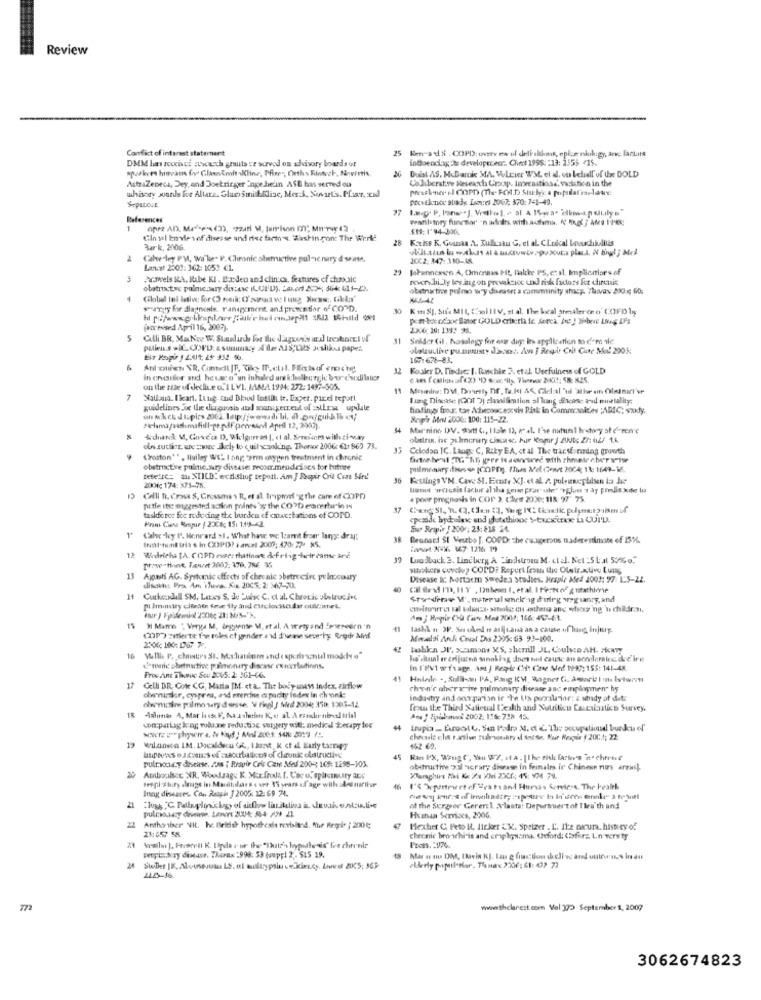
Review
Conflict of interest statement
25 Km-a48 .COPD: ovtv ex of deli-sldont, eplus nikigy, anc lackits
DMM has rewies ztwoerth gnuts er scrvod on advisory boards or
indoenciaag its developeren: Chet 1998: : 13: 2355 -15.
p:Pkers himeam foy Glas doit alline, Pfine", Cheths Fintech, Novartis
AstraZeneca, Dey, and Doetringer Inge.he'in ASE has served ou
Collaborative forsearch Crocop Imerastiosd. variation in the
Duist AS. McDanke MA. WLeir W/M el id. so belidl of the DOLD
whisoty wounds for Allare. Glucosmilddisc, Mer.J. Sovart's. Pfar, xid
Provikende suade Lamerel 2067; 370: 741-42.
Sepatout
References
1
$1: 1'94 306.
Gin al Envie 1of disesse and riec farm's. Washingon The Werke
28
Kths K, Guiaa .A. Kullusau G, et al. CLnical Lowchililis
Bark, 2006.
vbilitis in valuat at a macrowir= goxuta plass. N final ; Med
Calw ley PM, wa'le" P. Chronic obstructive pal-ic.nary d seine.
2002: 847:380-18
Lancel 2301:362: 1053 61.
29
Johannessen A, Omonaas Ht, Bakke PS, et al. Impliantlars of
3
Scovels KA, Ribe KI . Burden and clinica. features of chmusic
mwcrabi_ly les ing on prevalence und risk factors for chronic
obstructse pulmonary div:ase (LUI'D), Lacd 2075, 564 615-23.
obetructive palmo wy disease: a camminity shary. 7havav 230 ; 60;
srry for diagnosis. ranagement. and prewen tior of COPD.
30
Kit SJ, Sure MIL (wolltV, et al. The local arealer (no' COFDly;
foreowed April 16, 3007).
23.0, 10: 134: 36.
Cilli BR. MaKry W. Standards for the d'aguay a d treskrati of
Solder Gil. Nosalogy for our di: In application mo d'm ile
putiens >IC. COPD: & summary al fer AIS,LIS Jisitios paper.
plotulive pu.omusty diacest. Am I Respir Crit Che Mol 2005:
167:678-83.
6
32 Koaler D. Findic: I. Daschle 3. etal. Usefulness of GOLD
In cruaider and heusco"un inhaled and k:bolburgic bou c'sodilater
on the tule of decli.e o." ILVI. JAMA 1994: 272: 1497-505.
Mesinins: DM, Dovesty Df, Tu.ket AS, Glelal'ul'alive on Olatmart'se
7
Nallana. theart. Lung, and Bled Install it. Expet. pire tepott
laing Disease (Got 3) classification allung Scale and mortality;
guidelines ox the diagnosis and managerreul of Ers update
findings frodr. tar Acheconc excsis Pisk in Commo aides PARIC; szudy.
Regis Mel 2000: 100: 115-22.
"aclama/seslimafill-pe pdf perrosod Apefl 12, 2307).
44
Mar'ninc DIV. Sytt ( ,, Ilale 13, mal. I've natural history of deren'e
ole suttit, arc moce Jely to cuil saaking. There 2006 €11 865 73.
Celodan IC. Lang, C, Rity BA, ct al The transforming growth
(roston"" , lisiley WC. I ang erm oxygen treatment in chronic
obstructre pulmic.sury disease: recommendcises for buture
pulmonary dienses (COPOS. men Mel conet 2004; 11: 1649-16.
tefelic= au XIILD: ecdl shof teport. Am J Respir Crit Come Sire'
36
Ketlings VM. Cave SI. Ecare XJ. et al. /. puleinephilsen la Je
2001; 174: 373-98.
Cell B. Cross S, Grosses \ R, et al. Iripmorfog the care of COPD
poor prognosis in COP ), Ches 2020: 118: 97 75
petle ite suggested action pointss'y the CO'D eracerhar io is
37
taskforce for reducing the burden of ouestations of COPD.
Frans Cisse Respur / 2306; 15: 1:13-42.
Eur Respir ! 200 : 23:818 24.
Calw ley I'. Henrard >1. What hau wc. lzamt fraer lanyse dragt
Inst.mint tris s in COPI? + ancel 2007: 470: 27- x5.
Besnard SI Veszbo [. COPD: che cu.speroos naderesimone of 15%%.
12
:at AVX. 47. 1216 19
Wilricha [A. COPD esser thatinart defring heir came ard
39
Lundback 3. Lindberg A Lindstroen M. ct al. Net :5Lat 53%e."
prowe think. Tauet 2007: 376. 7RE 35
sitokens covew? COPD? Report froth the Oletr.active Luis
11
Aguests AG. Systemic effects of chronic >betrecive pelnociury
Disease Ic: Nortacro Swredes studies. Hraple Aded 2003: 97: L:5-22.
ditosktet Pra Am iTura. Six 2005. 2: 367-50.
40
Curkendall SM. Letes S. de Puesc C, et al. Chronic uletrucies
Stw derav M'. muter ul smek -ig during wegianry, and
Am j Reprir Cu Case Mod 200); 166: 457-61.
I Mame " Verya M, Begynte MI, et al. A wety and Speedin 'n
41
lashil n XP. Sus und ie arijtand as a cause of luang, injury.
Com) :alerte fre toles et jender 4 1d I'veme sewerty Rreihr Mint
Mmalal Anch Covat Dis 2305: 63 93-100.
! hashin JU. xsimons MS, shemill JL, Coulson AH. akary
16 Mulli P. chinups St. M.clauinma and ( sporis,nul moddy o"
ha'shaal er arijurna sinoblog does not cause an acceleratec. dec'ire
renic ebertnative pulmonary disease execrbutions.
In I'Ev1 w frage. Amt ) Regir Chi: Cze Med 1997: 155: 141-48.
Proe Ans Thorac Sou BCG5: 2: 361-66.
17
Celli BR. Gote CG, Maria IM. et &. The body-snavs index, airflow
chen'e ahora ine pulmonary disease and employmen" hy
ebencine pulmo try dsesse. V fingl / Mid 2004; 350: 1503-12
obenimker, cyspre, and erereine cs pacity index in ch onke
indashy and ong parian ir the Us poorsla lar: z shady af det:
from the Third Sallenal Health and Nutrition Caucaiastico Survey,
Ans ! Fibraw 2002: 156: 728 45.
con parlag long volone reductie vutypery with: medical żerapy tex
44
Lupia _ EuruotC. San Pedro M. d. C. The occupationdl burku of
chrissle cht r.anive rulesouhry d SncSe. Fur Nagie / 2004; 22:
19
wlansco IM. Docaldscu GK ., I hazst, k ct al Early tangy
452 69.
pultkory disease. Aos ; Provir Col Can Med 2004; 169: 1298-303.
45 Ran PX, Roug C, You W /, et a . | The eik farter's "n. chronić
obstructhe z.il ycrar; diverse in feinales in Chinese rus ar ** il.
20
Aptboulcc NR. Woodzagu K. Mar frods.f. Coco.spitcenutry are
tespi Thiry dnage in Mardiulaat & o vet Y'S years of age with dr narihur
Inng diseases. Con Respi J 2005- 12:69 74.
46
21
of the Surgeor Gerercl Vlasta: Depermuer't of Thea'th and
Human Services, 2006.
22
Anthonshser NH. hc firish hypothesis rovisland. Mur Regole / 2001;
23:657 58
47
Mexher C. Peto It, licker CM. Spelzer . L. Ile nacura, history of
chronic bro schi is and emphysema. Odford: (3forz Ln versty
Pooss. 1976.
vetpickry disease. Thorax :998: 53 (oupp! 2. 515 19.
Mar n ou DM, Ihavin kJ. Las & fiction delin and outfics indu
24
772
wwwwww.thelarest.com Vol 170 September 1, 2007
3062674823